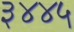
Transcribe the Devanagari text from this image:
३४४५